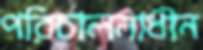
পরিচালনাধীন